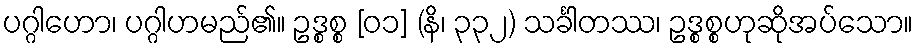
ပဂ္ဂါဟော၊ ပဂ္ဂါဟမည်၏။ ဥဒ္စစ္စ [၀၁] (နိ၊ ၃၃၂) သင်္ခါတဿ၊ ဥဒ္စစ္စဟုဆိုအပ်သော။